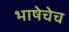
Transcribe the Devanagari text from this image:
भाषेचेच